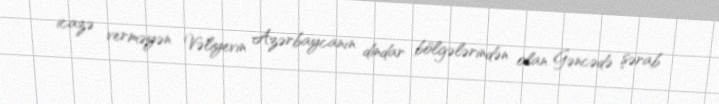
icazə verməyən Vəliyevin Azərbaycanın dindar bölgələrindən olan Gəncədə şərab